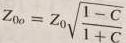
$Z_{0o}=Z_{0}\sqrt{\frac{1 - C}{1 + C}}$